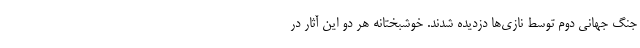
جنگ جهانی دوم توسط نازی‌ها دزدیده شدند. خوشبختانه هر دو این آثار در